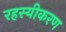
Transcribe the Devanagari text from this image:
रहस्यीकरण